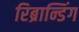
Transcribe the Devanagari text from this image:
रिब्रान्डिंग